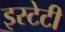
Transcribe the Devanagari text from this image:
इस्टेटी